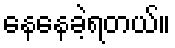
နေနေခဲ့ရတယ်။